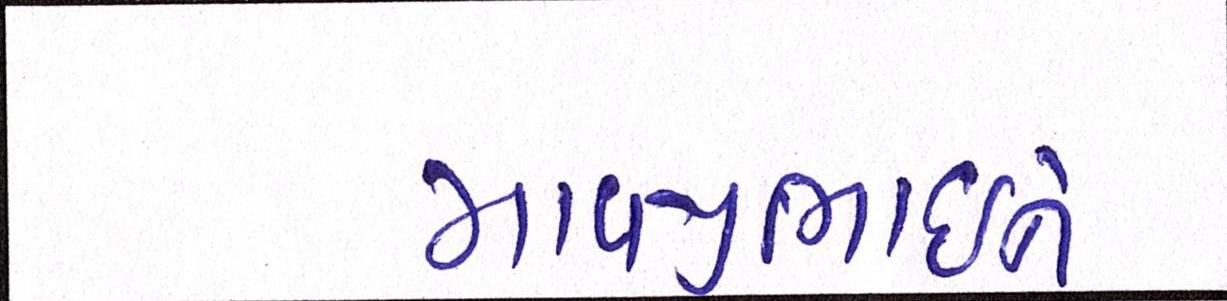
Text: માવજીભાઇને